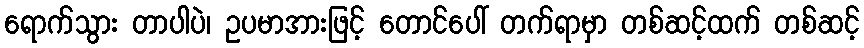
ရောက်သွား တာပါပဲ၊ ဥပမာအားဖြင့် တောင်ပေါ် တက်ရာမှာ တစ်ဆင့်ထက် တစ်ဆင့်